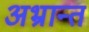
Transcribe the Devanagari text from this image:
अभ्रान्त